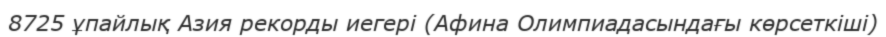
8725 ұпайлық Азия рекорды иегері (Афина Олимпиадасындағы көрсеткіші)